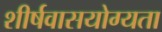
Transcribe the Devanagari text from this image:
शीर्षवासयोग्यता